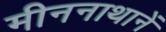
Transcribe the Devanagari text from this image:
मीननाथानें